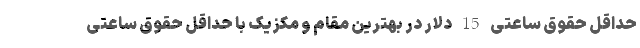
حداقل حقوق ساعتی 15 دلار در بهترین مقام و مکزیک با حداقل حقوق ساعتی